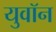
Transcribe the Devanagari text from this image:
युवॉन